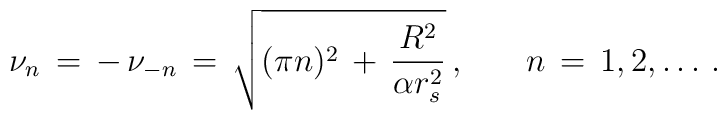
\nu_n\,=\,-\,\nu_{-n}\,=\,\sqrt{(\pi n)^2\,+\,\frac{R^2}{\alpha r_s^2}}\,{,}\qquad  n\,=\,1,2,\ldots\,{.}